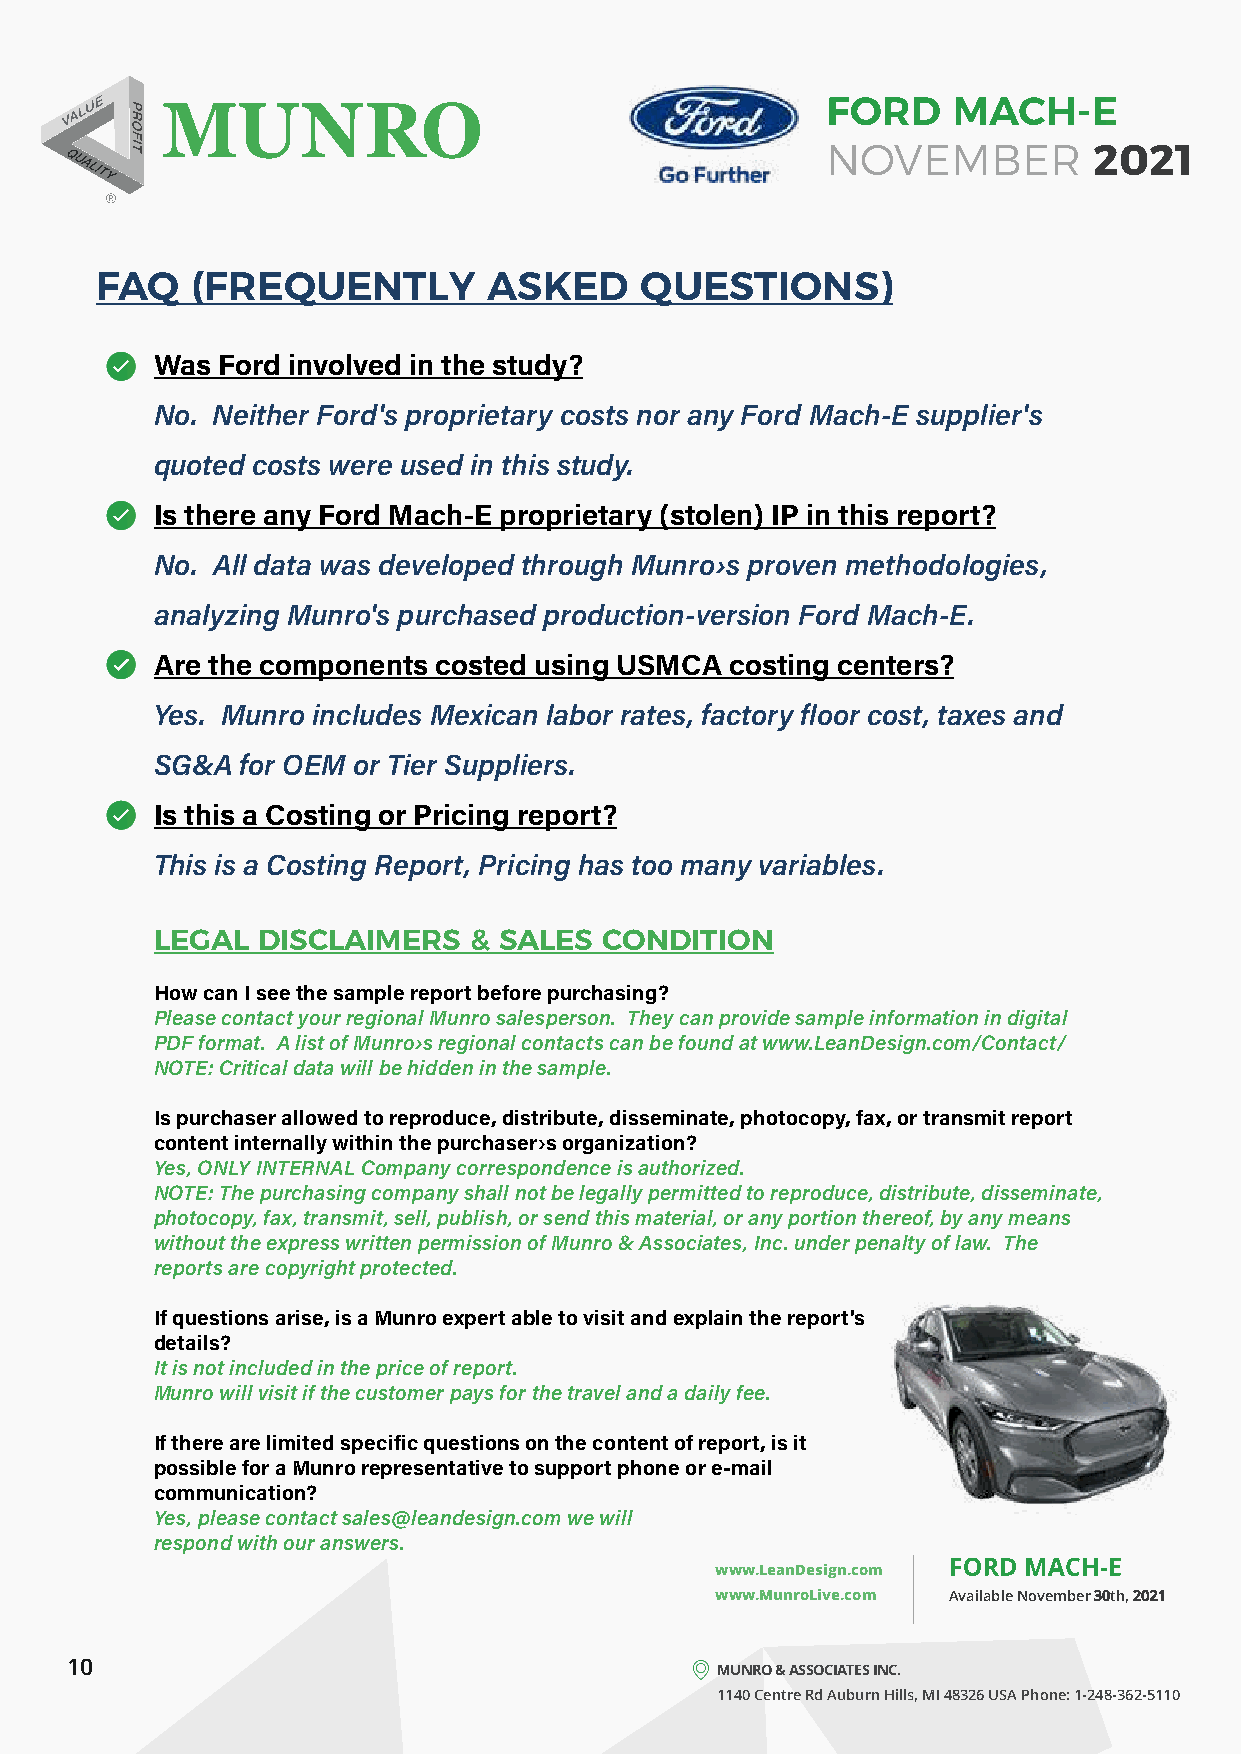
FORD    MACH-E
 NOVEMBER         2021
 FAQ    (FREQUENTLY        ASKED     QUESTIONS)
 Was Ford involved in the study?
 No. Neither Ford's proprietary costs nor any Ford Mach-E supplier's
 quoted costs were used in this study.
 Is there any Ford Mach-E proprietary (stolen) IP in this report?
 No. All data was developed through Munro›s proven methodologies,
 analyzing Munro's purchased production-version Ford Mach-E.
 Are the components costed using USMCA costing centers?
 Yes. Munro includes Mexican labor rates, factory floor cost, taxes and
 SG&A  for OEM or Tier Suppliers.
 Is this a Costing or Pricing report?
 This is a Costing Report, Pricing has too many variables.
 LEGAL  DISCLAIMERS   & SALES  CONDITION
 How can I see the sample report before purchasing?
 Please contact your regional Munro salesperson. They can provide sample information in digital
 PDF format. A list of Munro›s regional contacts can be found at www.LeanDesign.com/Contact/
 NOTE: Critical data will be hidden in the sample.
 Is purchaser allowed to reproduce, distribute, disseminate, photocopy, fax, or transmit report
 content internally within the purchaser›s organization?
 Yes, ONLY INTERNAL Company correspondence is authorized.
 NOTE: The purchasing company shall not be legally permitted to reproduce, distribute, disseminate,
 photocopy, fax, transmit, sell, publish, or send this material, or any portion thereof, by any means
 without the express written permission of Munro & Associates, Inc. under penalty of law. The
 reports are copyright protected.
 If questions arise, is a Munro expert able to visit and explain the report's
 details?
 It is not included in the price of report.
 Munro will visit if the customer pays for the travel and a daily fee.
 If there are limited specific questions on the content of report, is it
 possible for a Munro representative to support phone or e-mail
 communication?
 Yes, please contact sales@leandesign.com we will
 respond with our answers.
 FORD MACH-E
 www.LeanDesign.com
 www.MunroLive.com Available November 30th, 2021
 10                                         MUNRO & ASSOCIATES INC.
 1140 Centre Rd Auburn Hills, MI 48326 USA Phone: 1-248-362-5110